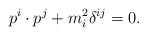
\begin{align*}p^i\cdot p^j+ m_i^2 \delta^{ij}=0. \end{align*}